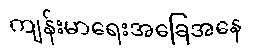
ကျန်းမာရေးအခြေအနေ